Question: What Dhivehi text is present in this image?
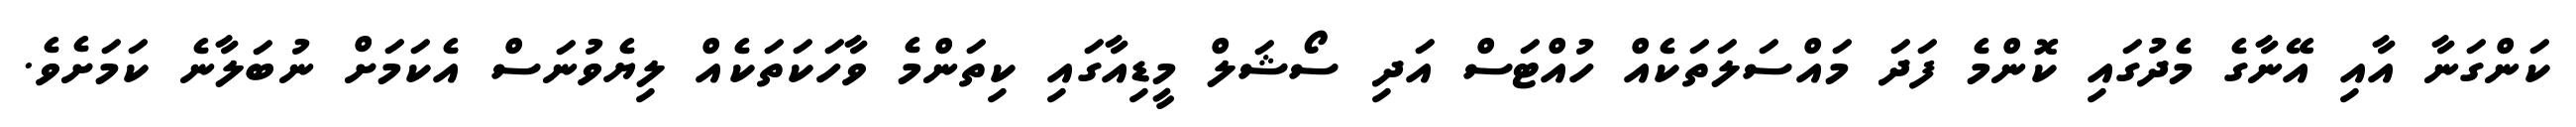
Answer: ކަންގަނާ އާއި އޭނާގެ މެދުގައި ކޮންމެ ފަދަ މައްސަލަތަކެއް ހުއްޓަސް އަދި ސޯޝަލް މީޑިއާގައި ކިތަންމެ ވާހަކަތަކެއް ލިޔެވުނަސް އެކަމަށް ނުބަލާނެ ކަމަށެވެ.